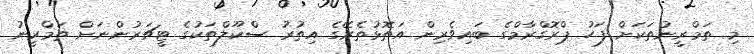
މި ތަމްރީނުތަކަށް ފަހު ޕްރޮގްރާމްގެ ބައިވެރިން އަތޮޅުތެރޭގެ އިތުރު ސްކޫލްތަކުގެ ޓީޗަރުންނަށް ތަމްރީނު